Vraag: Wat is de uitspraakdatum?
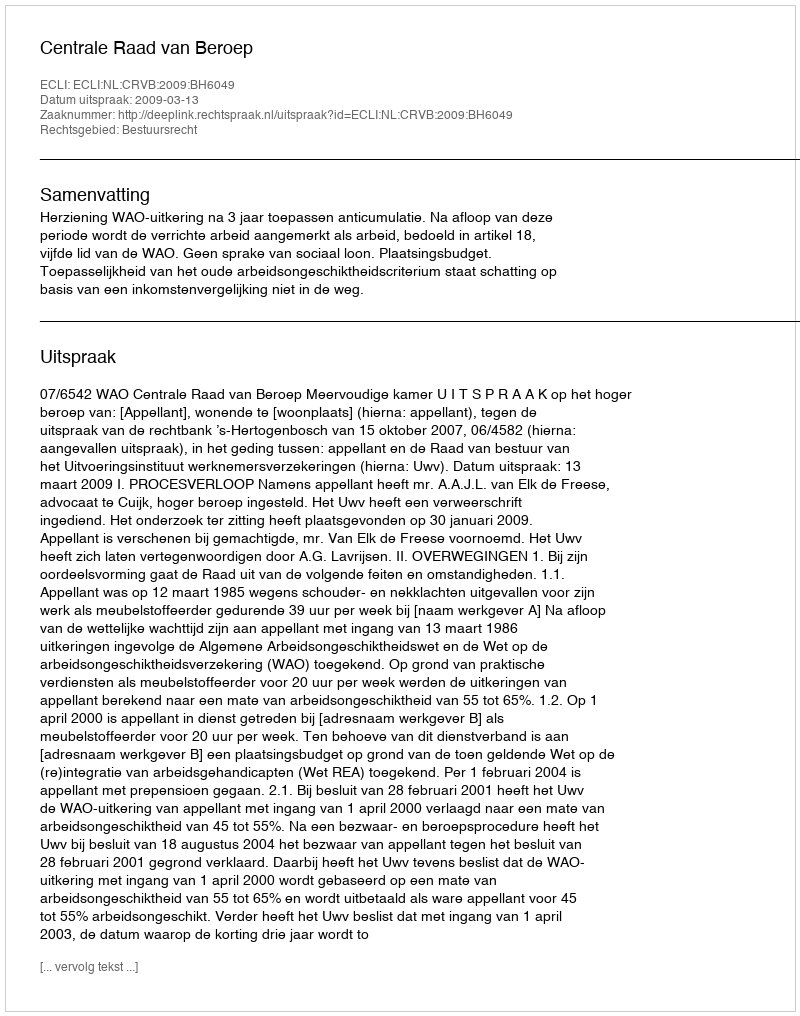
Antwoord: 2009-03-13